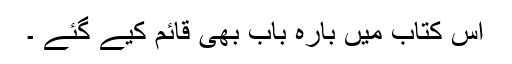
اس کتاب میں بارہ باب بھی قائم کیے گئے ۔